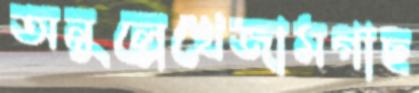
অনুল্লেখেজামগাছ